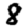
Digit: 8